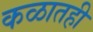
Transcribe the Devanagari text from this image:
कळातही